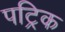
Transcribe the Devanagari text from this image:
पट्रिक